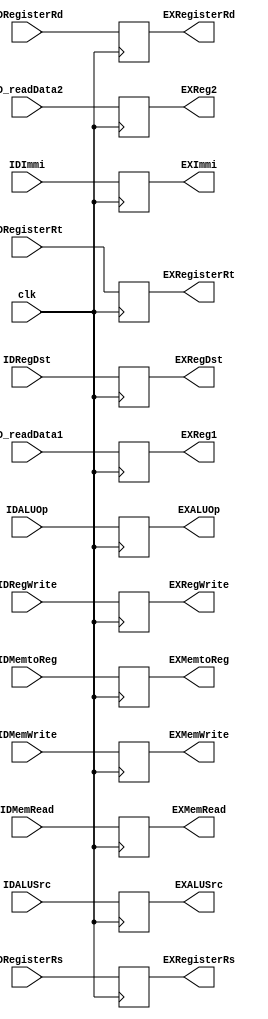
`timescale 1ns / 1ps

module ID_EX(clk, IDMemRead, IDMemtoReg, IDMemWrite, IDALUSrc, IDRegWrite, IDRegDst,
    IDALUOp, ID_readData1, ID_readData2, IDImmi, IDRegisterRs, IDRegisterRt, IDRegisterRd, 
    EXReg1, EXReg2, EXImmi, EXRegisterRs, EXRegisterRt, EXRegisterRd, EXMemRead, 
    EXMemtoReg, EXMemWrite, EXALUSrc, EXRegWrite, EXRegDst, EXALUOp);
 
    input clk;
    // Control signals
    input [2:0] IDALUOp;
    input IDMemRead, IDMemtoReg, IDMemWrite, IDALUSrc, IDRegWrite, IDRegDst;

    // data for ALU from ID
    input [31:0] ID_readData1, ID_readData2, IDImmi;

    // For detecting forwarding
    input [4:0] IDRegisterRs, IDRegisterRt, IDRegisterRd;

    // data for ALU in EXE
    output [31:0] EXReg1, EXReg2, EXImmi;

    // For detecting forwarding
    output [4:0] EXRegisterRs, EXRegisterRt, EXRegisterRd;

    // Control signals
    output [2:0] EXALUOp;
    output EXMemRead, EXMemtoReg, EXMemWrite, EXALUSrc, EXRegWrite, EXRegDst;
    

    // Outputs are all registers
    reg [31:0] EXReg1, EXReg2, EXImmi;
    reg [4:0] EXRegisterRs, EXRegisterRt, EXRegisterRd;
    reg [2:0] EXALUOp;
    reg EXMemRead, EXMemtoReg, EXMemWrite, EXALUSrc, EXRegWrite, EXRegDst;

    // Initialize to 0
    initial begin
        EXReg1 <= 32'b0;
        EXReg2 <= 32'b0;
        EXImmi <= 32'b0;
        EXRegisterRs <= 5'b0;
        EXRegisterRt <= 5'b0;
        EXRegisterRd <= 5'b0;
        EXALUOp <= 2'b0;
        EXMemRead <= 1'b0;
        EXMemtoReg <= 1'b0;
        EXMemWrite <= 1'b0;
        EXALUSrc <= 1'b0;
        EXRegWrite <= 1'b0;
        EXRegDst <= 1'b0;
    end

    always @ (posedge clk) begin
        EXReg1 <= ID_readData1;
        EXReg2 <= ID_readData2;
        EXImmi <= IDImmi;
        EXRegisterRs <= IDRegisterRs;
        EXRegisterRt <= IDRegisterRt;
        EXRegisterRd <= IDRegisterRd;
        EXALUOp <= IDALUOp;
        EXMemRead <= IDMemRead;
        EXMemtoReg <= IDMemtoReg;
        EXMemWrite <= IDMemWrite;
        EXALUSrc <= IDALUSrc;
        EXRegWrite <= IDRegWrite;
        EXRegDst <= IDRegDst;
    end

endmodule